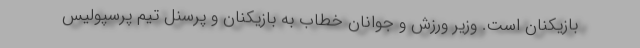
بازیکنان است. وزیر ورزش و جوانان خطاب به بازیکنان و پرسنل تیم پرسپولیس